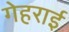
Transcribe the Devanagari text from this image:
गेहराई